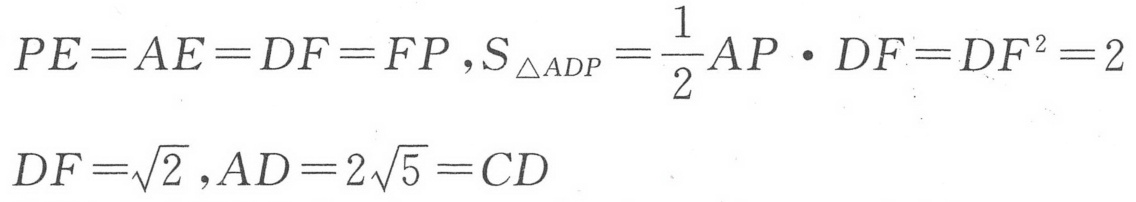
\(PE = AE = DF = FP\)，\(S_{\triangle ADP}=\frac{1}{2}AP\cdot DF = DF^{2}=2\)
\(DF=\sqrt{2}\)，\(AD = 2\sqrt{5}=CD\)